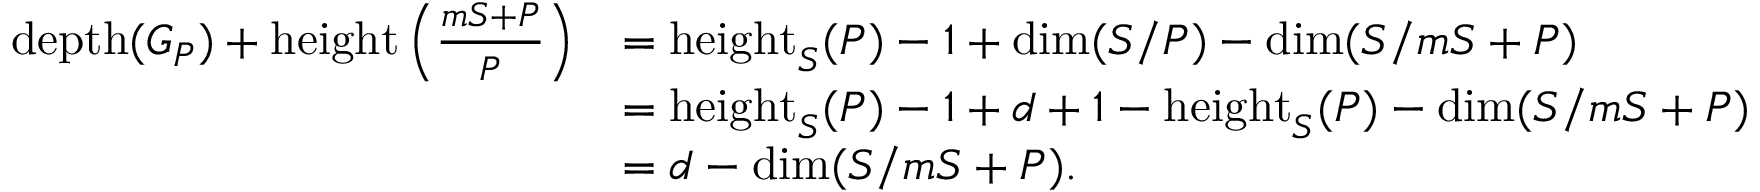
\begin{array} { r l } { \operatorname { d e p t h } ( G _ { P } ) + \operatorname { h e i g h t } \left( \frac { \mathfrak { m } S + P } { P } \right) } & { = \operatorname { h e i g h t } _ { S } ( P ) - 1 + \dim ( S / P ) - \dim ( S / \mathfrak { m } S + P ) } \\ & { = \operatorname { h e i g h t } _ { S } ( P ) - 1 + d + 1 - \operatorname { h e i g h t } _ { S } ( P ) - \dim ( S / \mathfrak { m } S + P ) } \\ & { = d - \dim ( S / \mathfrak { m } S + P ) . } \end{array}